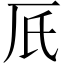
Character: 𠨿